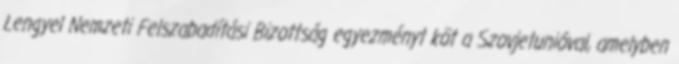
Lengyel Nemzeti Felszabadítási Bizottság egyezményt köt a Szovjetunióval, amelyben